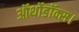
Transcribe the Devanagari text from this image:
ऑर्थोडॉक्स।